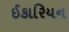
ઈકારિયન